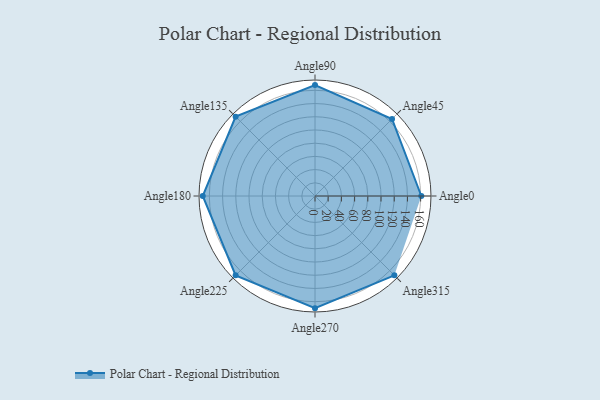
{"axis": {"x": "Angle", "y": "Radius"}, "legend": [""], "data": [{"x": "Angle0", "y": 161.0, "type": ""}, {"x": "Angle45", "y": 165.0, "type": ""}, {"x": "Angle90", "y": 168.0, "type": ""}, {"x": "Angle135", "y": 170, "type": ""}, {"x": "Angle180", "y": 170, "type": ""}, {"x": "Angle225", "y": 170, "type": ""}, {"x": "Angle270", "y": 170, "type": ""}, {"x": "Angle315", "y": 170, "type": ""}]}